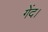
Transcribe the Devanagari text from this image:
गेंद।